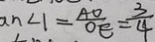
a n < 1 = \frac { A O } { O E } = \frac { 3 } { 4 }